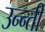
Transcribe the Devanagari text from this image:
उन्न्ती